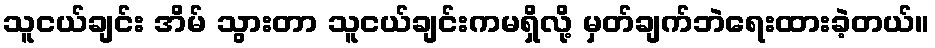
သူငယ်ချင်း အိမ် သွားတာ သူငယ်ချင်းကမရှိလို့ မှတ်ချက်ဘဲရေးထားခဲ့တယ်။